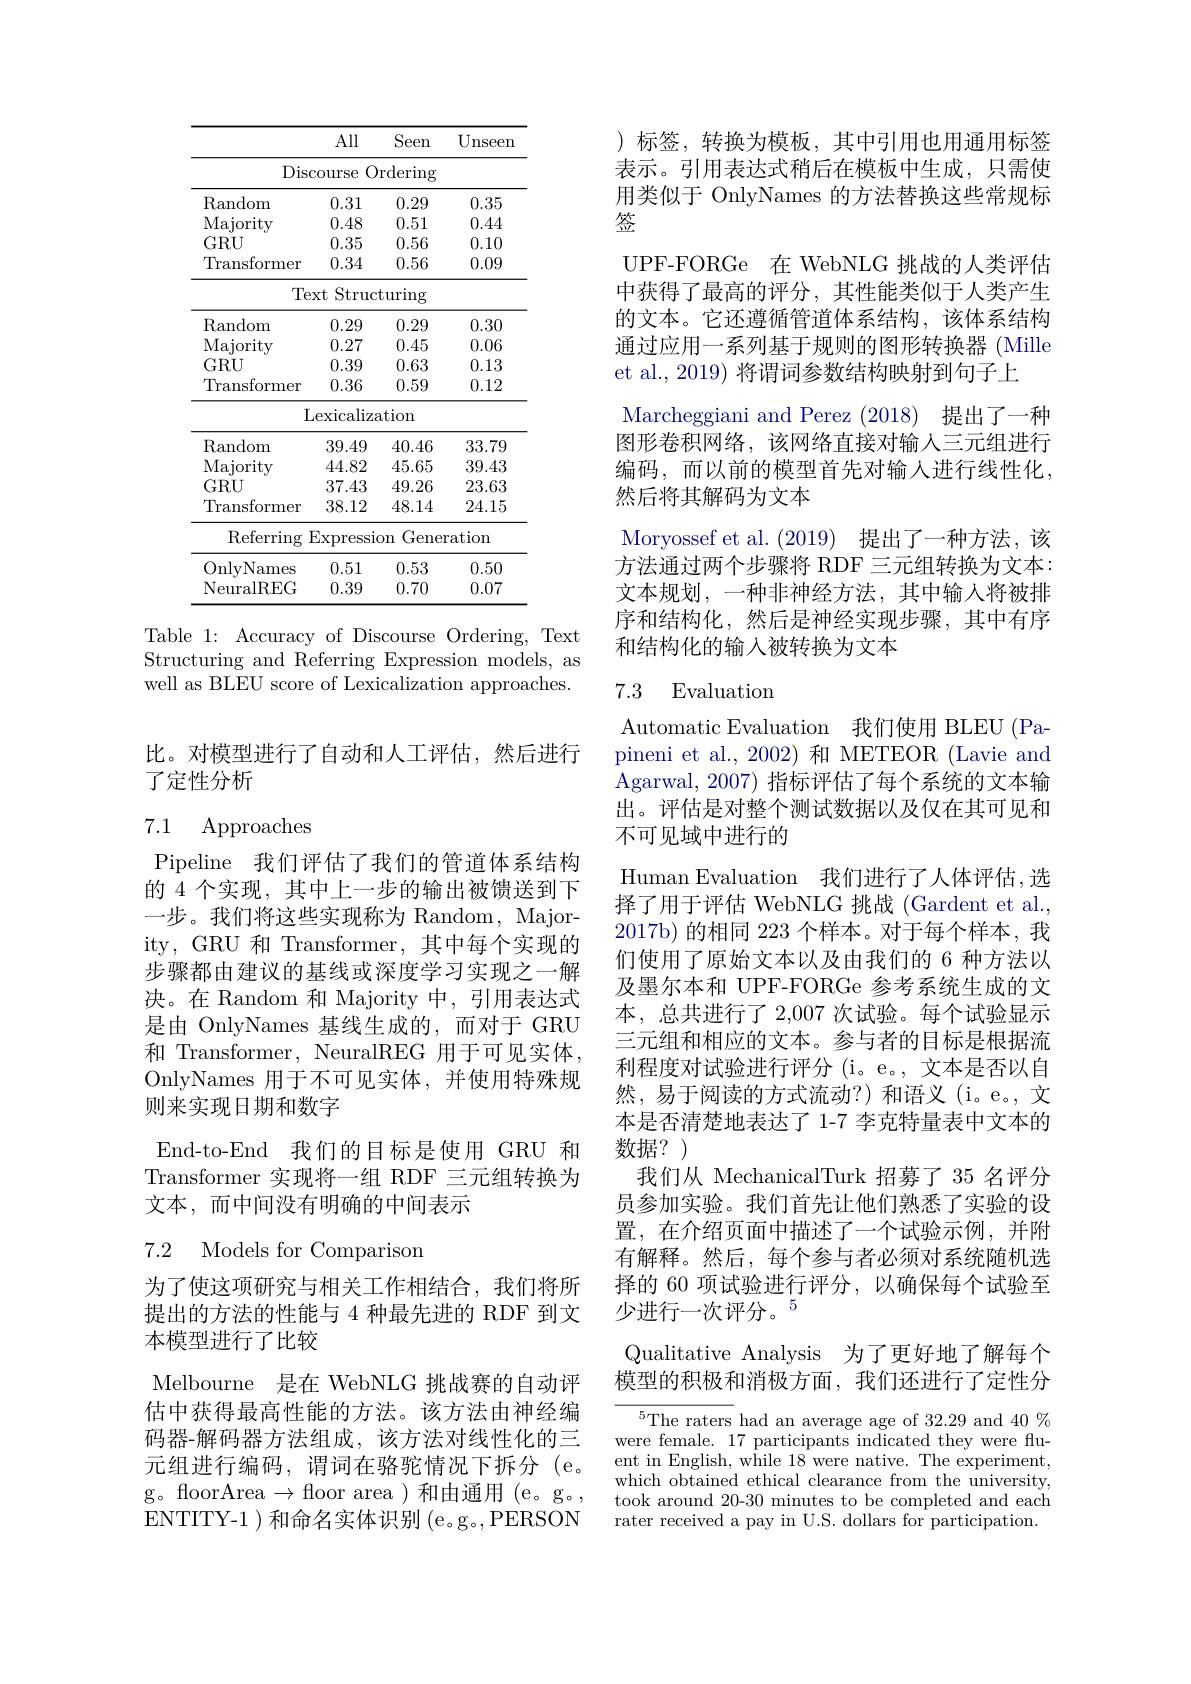
<table>
	<tbody>
		<tr>
			<th> </th>
			<th>All</th>
			<th>Seen</th>
			<th>Unseen</th>
		</tr>
		<tr>
			<td>Dis</td>
			<td>scourse</td>
			<td>)rdering</td>
			<td> </td>
		</tr>
		<tr>
			<td>$\operatorname{Random}$</td>
			<td>0.31</td>
			<td>0.29</td>
			<td>0.35</td>
		</tr>
		<tr>
			<td>Majority</td>
			<td>0.48</td>
			<td>0.51</td>
			<td>0.44</td>
		</tr>
		<tr>
			<td>$GRU$</td>
			<td>0.35</td>
			<td>0.56</td>
			<td>0.10</td>
		</tr>
		<tr>
			<td>Transformer</td>
			<td>0.34</td>
			<td>0.56</td>
			<td>0.09</td>
		</tr>
		<tr>
			<td>T$\epsilon$</td>
			<td>$\operatorname{ext}$Stru</td>
			<td>turing</td>
			<td> </td>
		</tr>
		<tr>
			<td>$\operatorname{Random}$</td>
			<td>0.29</td>
			<td>0.29</td>
			<td>0.30</td>
		</tr>
		<tr>
			<td>Majority</td>
			<td>0.27</td>
			<td>0.45</td>
			<td>0.06</td>
		</tr>
		<tr>
			<td>$GRU$</td>
			<td>0.39</td>
			<td>0.63</td>
			<td>0.13</td>
		</tr>
		<tr>
			<td>Transformer</td>
			<td>0.36</td>
			<td>0.59</td>
			<td>0.12</td>
		</tr>
		<tr>
			<td> </td>
			<td>${\mathrm{Lexicaliz}}$</td>
			<td>ation</td>
			<td> </td>
		</tr>
		<tr>
			<td>$\operatorname{Random}$</td>
			<td>39.49</td>
			<td>40.46</td>
			<td>33.79</td>
		</tr>
		<tr>
			<td>Majority</td>
			<td>44.82</td>
			<td>45.65</td>
			<td>39.43</td>
		</tr>
		<tr>
			<td>$GRU$</td>
			<td>37.43</td>
			<td>49.26</td>
			<td>23.63</td>
		</tr>
		<tr>
			<td>Transformer</td>
			<td>38.12</td>
			<td>48.14</td>
			<td>24.15</td>
		</tr>
		<tr>
			<td>Referring</td>
			<td>Express</td>
			<td>Genel $.0n$</td>
			<td>${\mathrm{cation}}$</td>
		</tr>
		<tr>
			<td>OnlyN $\operatorname{ames}$</td>
			<td>0.51</td>
			<td>0.53</td>
			<td>0.50</td>
		</tr>
		<tr>
			<td>NeuralREG</td>
			<td>0.39</td>
			<td>0.70</td>
			<td>0.07</td>
		</tr>
	</tbody>
</table>

Table 1: Accuracy of Discourse Ordering, Text Structuring and Referring Expression models, as well as BLEU score of Lexicalization approaches.

比。对模型进行了自动和人工评估，然后进行
了定性分析

### 7.1 Approaches

Pipeline 我们评估了我们的管道体系结构的 4 个实现，其中上一步的输出被馈送到下一步。我们将这些实现称为 Random, Majority, GRU 和 Transformer, 其中每个实现的步骤都由建议的基线或深度学习实现之一解决。在 Random 和 Majority 中，引用表达式是由 OnlyNames 基线生成的，而对于 GRU 和 Transformer, NeuralREG 用于可见实体OnlyNames 用于不可见实体，并使用特殊规则来实现日期和数字

End-to-End 我们的目标是使用 GRU 和Transformer 实现将一组 RDF 三元组转换为文本，而中间没有明确的中间表示

## 7.2 Models for Comparison

为了使这项研究与相关工作相结合，我们将所提出的方法的性能与 4 种最先进的 RDF 到文本模型进行了比较

Melbourne 是在 WebNLG 挑战赛的自动评估中获得最高性能的方法。该方法由神经编码器-解码器方法组成，该方法对线性化的三元组进行编码，谓词在骆驼情况下拆分(e。g。foorArea$\to$foor area)和由通用(e。g。, ENTITY-1 )和命名实体识别 (e。g。,PERSON

)标签，转换为模板，其中引用也用通用标签表示。引用表达式稍后在模板中生成，只需使用类似于 OnlyNames 的方法替换这些常规标签
UPF-FORGe 在 WebNLG 挑战的人类评估中获得了最高的评分，其性能类似于人类产生的文本。它还遵循管道体系结构，该体系结构通过应用一系列基于规则的图形转换器 (Mille et al., 2019) 将谓词参数结构映射到句子上
Marcheggiani and Perez (2018) 提出了一种图形卷积网络，该网络直接对输入三元组进行编码，而以前的模型首先对输入进行线性化， 然后将其解码为文本
Moryossef et al. (2019)提出了一种方法，该方法通过两个步骤将 RDF 三元组转换为文本： 文本规划，一种非神经方法，其中输入将被排序和结构化，然后是神经实现步骤，其中有序和结构化的输入被转换为文本

### 7.3 Evaluation

Automatic Evaluation 我们使用 BLEU (Papineni et al., 2002) 和 METEOR (Lavie and Agarwal, 2007) 指标评估了每个系统的文本输出。评估是对整个测试数据以及仅在其可见和不可见域中进行的
Human Evaluation 我们进行了人体评估，选择了用于评估 WebNLG 挑战 (Gardent et al., 2017b)的相同 223 个样本。对于每个样本，我们使用了原始文本以及由我们的 6 种方法以及墨尔本和 UPF-FORGe 参考系统生成的文本，总共进行了 2,007 次试验。每个试验显示三元组和相应的文本。参与者的目标是根据流利程度对试验进行评分(i。e。, 文本是否以自然，易于阅读的方式流动？)和语义(i。e。,文本是否清楚地表达了 1-7 李克特量表中文本的数据？)
我们从 MechanicalTurk 招募了 35 名评分员参加实验。我们首先让他们熟悉了实验的设置，在介绍页面中描述了一个试验示例，并附有解释。然后，每个参与者必须对系统随机选择的 60 项试验进行评分，以确保每个试验至少进行一次评分。$^{5}$
Qualitative Analysis 为了更好地了解每个模型的积极和消极方面，我们还进行了定性分${\overline{{^5}\text{The raters}}}$had an average age of 32.29 and 40$\%$
were female. 17 participants indicated they were flu-

ent in English, while 18 were native. The experiment, which obtained ethical clearance from the university, took around 20-30 minutes to be completed and each rater received a pay in U.S. dollars for participation.